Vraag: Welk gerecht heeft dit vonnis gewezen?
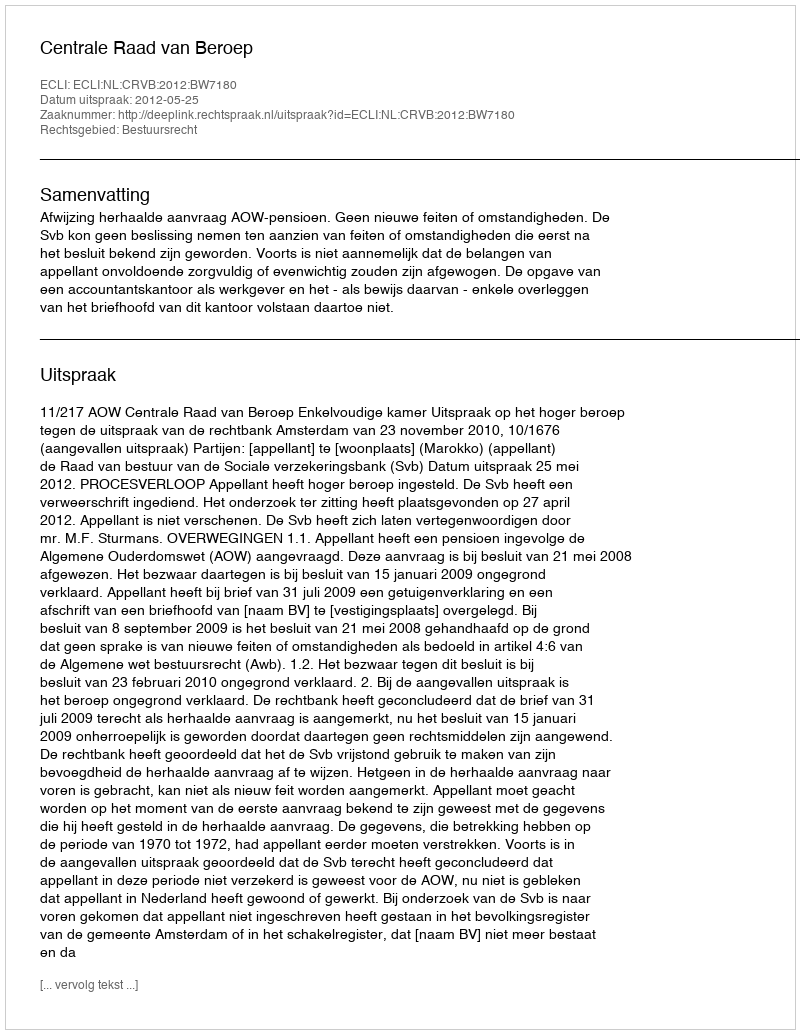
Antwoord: Centrale Raad van Beroep